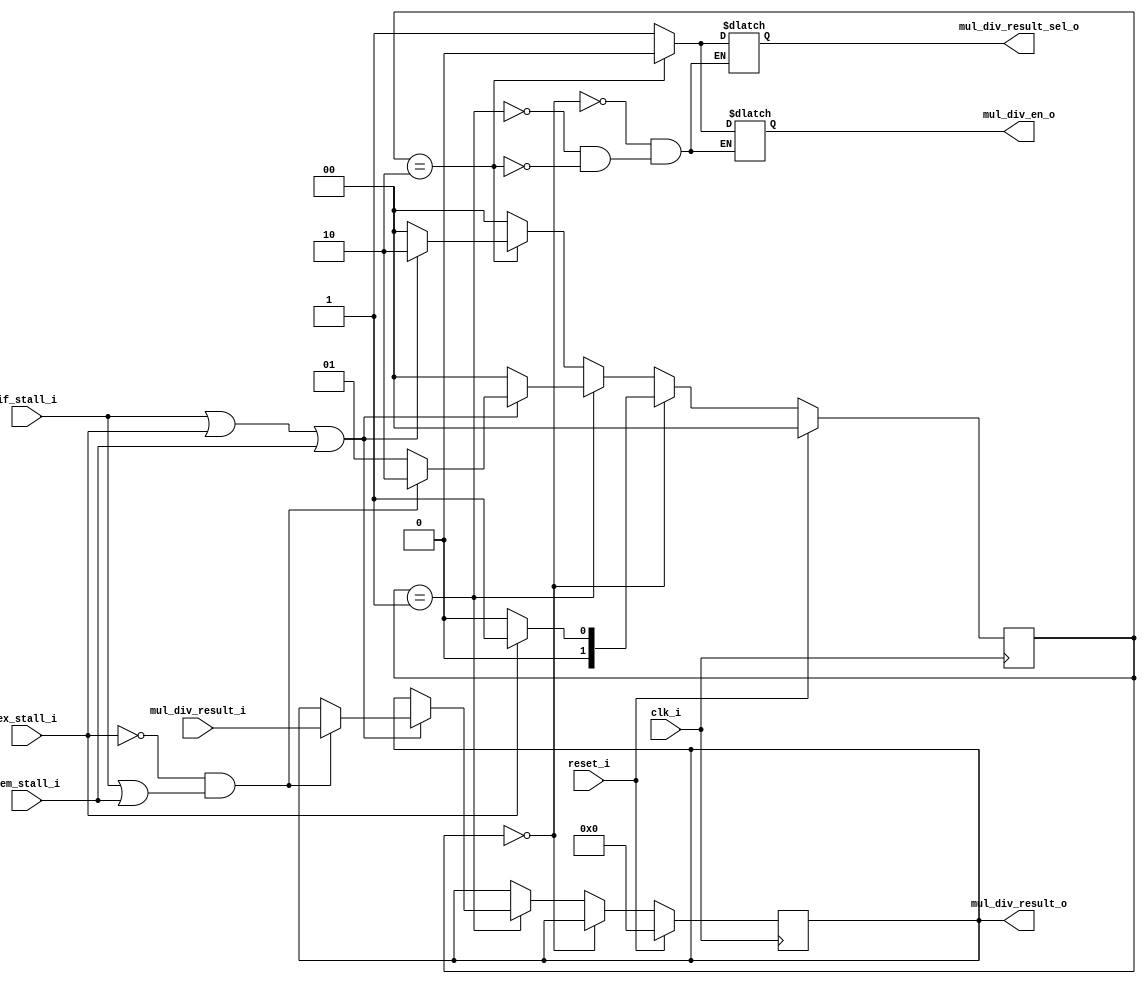
module control_mul_div(
		input 				clk_i,
		input 				reset_i,
		input 				if_stall_i,
		input 				ex_stall_i,
		input 				mem_stall_i,
		input[31:0]			mul_div_result_i,

		output reg 			mul_div_en_o,
		output reg 			mul_div_result_sel_o,
		output reg[31:0] 	mul_div_result_o
	);
//select
parameter sel_this_module = 0,
sel_muldiv = 1;

//FSM
parameter idle = 0,
in_ex_stall = 1,
out_ex_stall = 2;

	reg[1:0]		muldiv_fsm;
	wire			non_stall;

	assign non_stall = !(if_stall_i | ex_stall_i | mem_stall_i);

	//fsm transform
 	always@(negedge clk_i) begin
 		if (reset_i == 1'b1) begin
 			muldiv_fsm <= idle;
 			mul_div_result_o <= 32'h0;
 		end
 		else if (muldiv_fsm == idle) begin
 			if (ex_stall_i == 1'b1) begin
 				muldiv_fsm <= in_ex_stall;
 			end
 			else begin
 				muldiv_fsm <= idle;
 			end
 		end
 		else if (muldiv_fsm == in_ex_stall) begin
 			if (non_stall == 1'b1) begin
 				muldiv_fsm <= idle;
 			end
 			else if (ex_stall_i == 1'b0 && (if_stall_i == 1'b1 || mem_stall_i == 1'b1)) begin
 				muldiv_fsm <= out_ex_stall;
 				mul_div_result_o <= mul_div_result_i;
 			end
 			else begin
 				muldiv_fsm <= in_ex_stall;
 			end
 		end
 		else if (muldiv_fsm == out_ex_stall) begin
 			if (non_stall == 1'b1) begin
 				muldiv_fsm <= idle;
 			end
 			else begin
 				muldiv_fsm <= out_ex_stall;
 			end
 		end
 		else begin
 			muldiv_fsm <= idle;
 		end
 	end

 	//output
 	always@(*) begin
 		case(muldiv_fsm)
 			idle: begin
 				mul_div_en_o = 1'b1;
 				mul_div_result_sel_o = sel_muldiv;
 			end
 			in_ex_stall: begin
 				mul_div_en_o = 1'b1;
 				mul_div_result_sel_o = sel_muldiv;
 			end
 			out_ex_stall: begin
 				mul_div_en_o = 1'b0;
 				mul_div_result_sel_o = sel_this_module;
 			end
 		endcase
 	end

endmodule